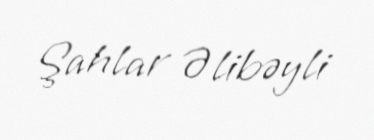
Şahlar Əlibəyli